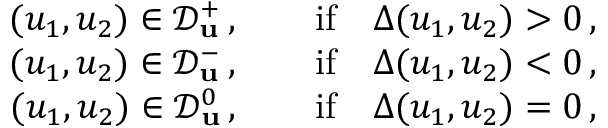
\begin{array} { r } { ( u _ { 1 } , u _ { 2 } ) \in \mathcal { D } _ { \mathbf { u } } ^ { + } \, , \qquad \mathrm { i f } \quad \Delta ( u _ { 1 } , u _ { 2 } ) > 0 \, , } \\ { ( u _ { 1 } , u _ { 2 } ) \in \mathcal { D } _ { \mathbf { u } } ^ { - } \, , \qquad \mathrm { i f } \quad \Delta ( u _ { 1 } , u _ { 2 } ) < 0 \, , } \\ { ( u _ { 1 } , u _ { 2 } ) \in \mathcal { D } _ { \mathbf { u } } ^ { 0 } \, , \qquad \mathrm { i f } \quad \Delta ( u _ { 1 } , u _ { 2 } ) = 0 \, , } \end{array}